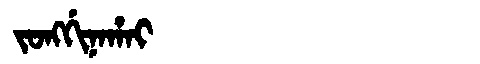
Manchu: ᠵᠣᠩᡤᡳᠨᠠᡥᠠᡳ
Romanization: JONGGINAHAI